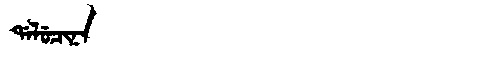
Manchu: ᡩᠠᠯᡠᠴᡳᠨᠠ
Romanization: DALUCINA